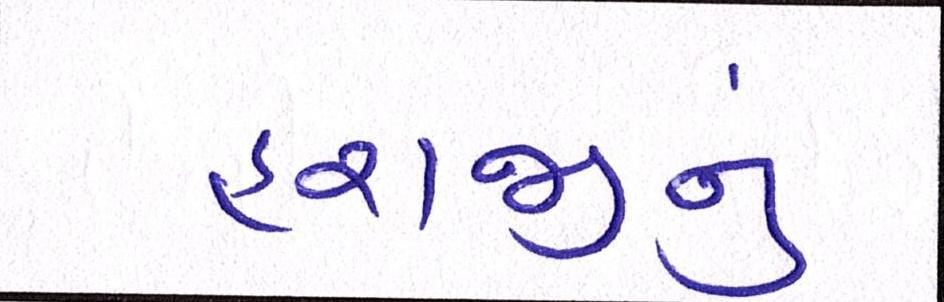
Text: હરાજીનું